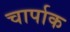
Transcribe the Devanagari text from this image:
चार्पाक